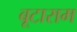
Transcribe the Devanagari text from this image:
बूटाराम